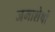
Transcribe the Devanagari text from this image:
जमाशेषों